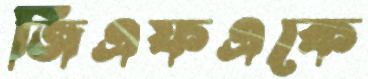
জিএফএকে